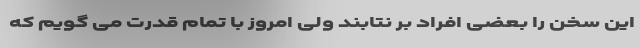
این سخن را بعضی افراد بر نتابند ولی امروز با تمام قدرت می گویم که